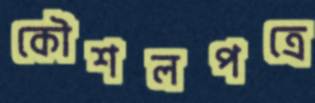
কৌশলপত্রে